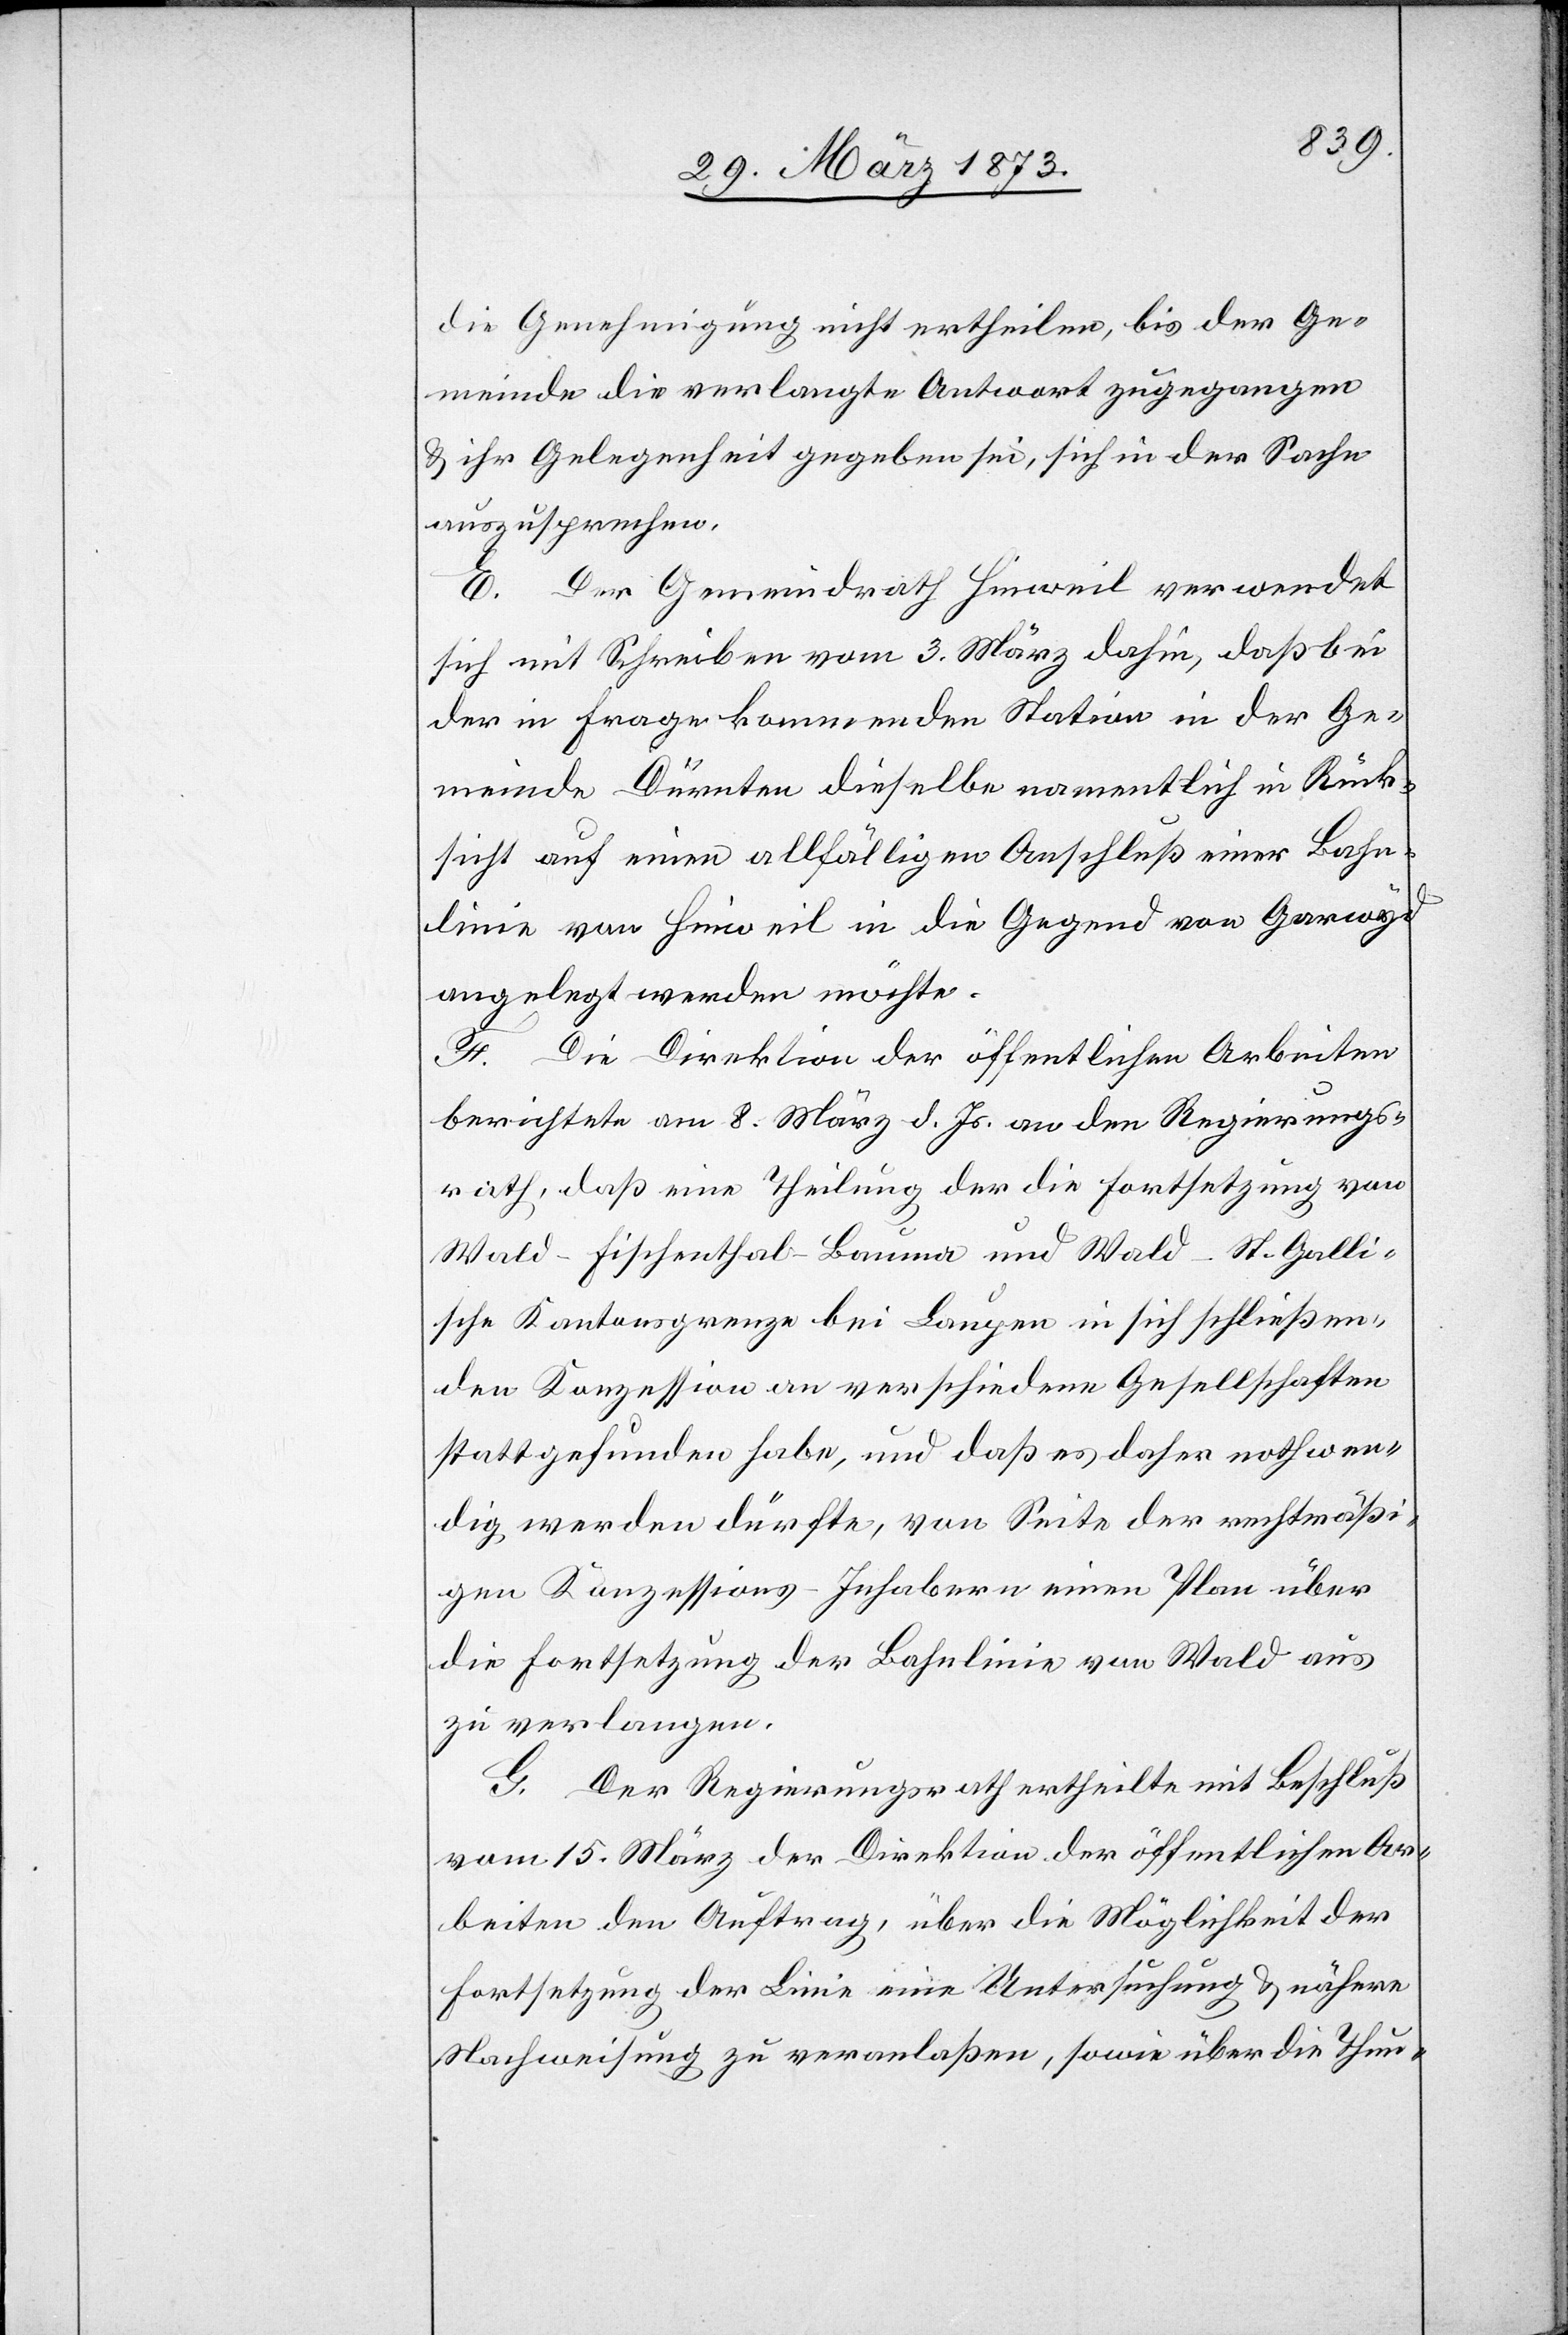
die Genehmigung nicht ertheilen, bis der Ge¬
meinde die verlangte Antwort zugegangen
u. ihr Gelegenheit gegeben sei, sich in der Sache
auszusprechen.
E. Der Gemeindrath Hinweil verwendet
sich mit Schreiben vom 3. März dahin, daß bei
der in Frage kommenden Station in der Ge¬
meinde Dürnten dieselbe namentlich in Rück¬
sicht auf einen allfälligen Anschluß einer Bahn¬
linie von Hinweil in die Gegend von Garwyd
angelegt werden möchte.
F. Die Direktion der öffentlichen Arbeiten
berichtete am 8. März d. Js. an den Regierungs¬
rath, daß eine Theilung der die Fortsetzung von
Wald–Fischenthal–Bauma und Wald–St. Galli¬
sche Kantonsgrenze bei Laugen in sich schließen¬
den Konzession an verschiedene Gesellschaften
stattgefunden habe, und daß es daher nothwen¬
dig werden dürfte, von Seite der rechtmäßi¬
gen Konzessions-Inhabern einen Plan über
die Fortsetzung der Bahnlinie von Wald aus
zu verlangen.
G. Der Regierungsrath ertheilte mit Beschluß
vom 15. März der Direktion der öffentlichen Ar¬
beiten den Auftrag, über die Möglichkeit der
Fortsetzung der Linie eine Untersuchung u. nähere
Nachweisung zu veranlaßen, sowie über die Thun-